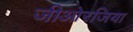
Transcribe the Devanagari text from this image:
जीओरजिया